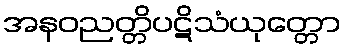
အနဝညတ္တိပဋိသံယုတ္တော